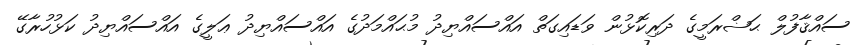
ސައްޤާފުލް ޙަޟްރަމީގެ ދަރިކޮޅުން ވަަޑައިގަތް އައްސައްޔިދު މުޙައްމަދުގެ އައްސައްޔިދު ޢަލީގެ އައްސައްޔިދު ކަޅުހުރާގޭ